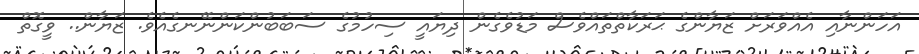
އަހަންނާއި އެއްވަރަށް ޒަޔާންގެ ޙަރަކާތްތައްވެސް މަޑުވެގެން ދިޔައީ ސިހުމުގެ ސަބަބުންކަންނޭނގެއެވެ. ޒަޔާން.. ވީގޮތް